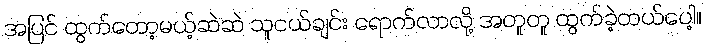
အပြင် ထွက်တော့မယ့်ဆဲဆဲ သူငယ်ချင်း ရောက်လာလို့ အတူတူ ထွက်ခဲ့တယ်ပေါ့။